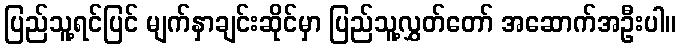
ပြည်သူ့ရင်ပြင် မျက်နှာချင်းဆိုင်မှာ ပြည်သူ့လွှတ်တော် အဆောက်အဦးပါ။